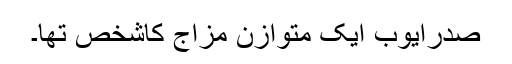
صدرایوب ایک متوازن مزاج کاشخص تھا۔